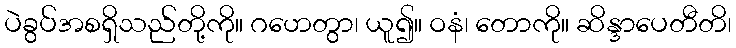
ပဲခွပ်အစရှိသည်တို့ကို။ ဂဟေတွာ၊ ယူ၍။ ဝနံ၊ တောကို။ ဆိန္ဒာပေတီတိ၊